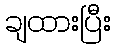
ချထားပြီး